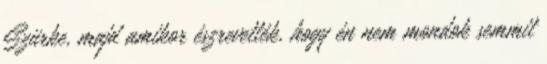
Szürke, majd amikor észrevették, hogy én nem mondok semmit